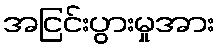
အငြင်းပွားမှုအား